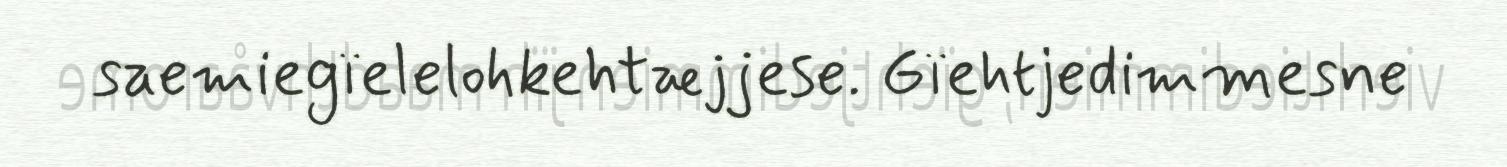
saemiegïelelohkehtæjjese. Gïehtjedimmesne